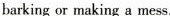
barking or making a mess.